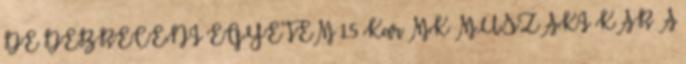
DE DEBRECENI EGYETEM 15 Kar MK MŰSZAKI KAR A